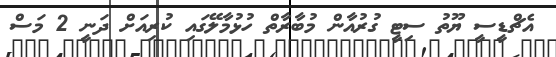
އެޗްޑީސީ ޔޫތު ސިޓީ ގުރުއާން މުބާރާތް ހުޅުމާލޭގައި ކުރިއަށް ދަނީ 2 މަސް